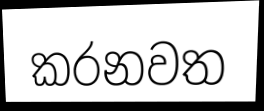
කරනවත